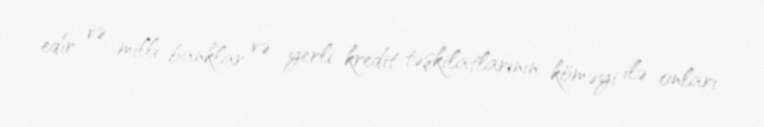
edir və milli banklar və yerli kredit təşkilatlarının köməyi ilə onları